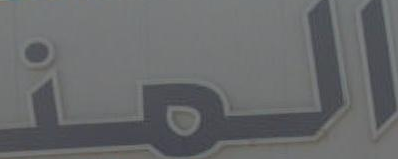
المنـ